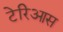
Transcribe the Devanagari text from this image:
टेरिआस